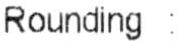
ROUNDING :